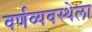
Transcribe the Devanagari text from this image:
वर्णव्यवस्थेला